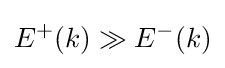
E^{+}(k)\gg E^{-}(k)